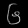
Digit: ၆